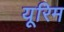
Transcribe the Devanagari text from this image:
यूरिम